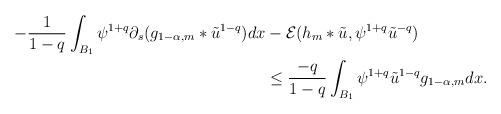
LaTeX: \begin{align*}- \frac{1}{1-q} \int_{B_{1}}\psi^{1+q}\partial_{s}(g_{1-\alpha,m}*\tilde{u}^{1-q})dx & - \mathcal{E}(h_{m}*\tilde{u},\psi^{1+q}\tilde{u}^{-q}) \\& \leq \frac{-q}{1-q} \int_{B_{1}}\psi^{1+q}\tilde{u}^{1-q}g_{1-\alpha,m}dx.\end{align*}